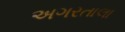
અગરતાલા